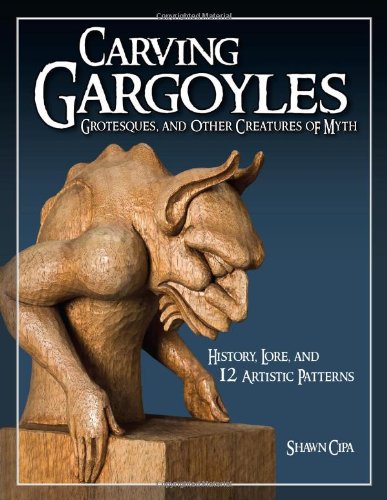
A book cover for Carving Gargoyles, Grotesques, and Other Creatures of Myth: History, Lore, and 12 Artistic Patterns; Shawn Cipa; Crafts, Hobbies & Home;